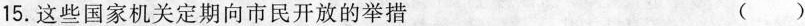
15.这些国家机关定期向市民开放的举措 ( )